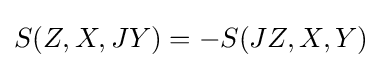
S(Z,X,JY)=-S(JZ,X,Y)